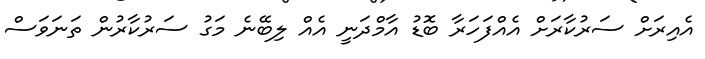
އެއިރަށް ސަރުކާރަށް އެއްފަހަރާ ބޮޑު އާމްދަނީ އެއް ލިބޭނެ މަގު ސަރުކާރުން ތަނަވަސް